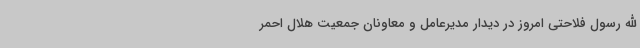
الله رسول فلاحتی امروز در دیدار مدیرعامل و معاونان جمعیت هلال احمر